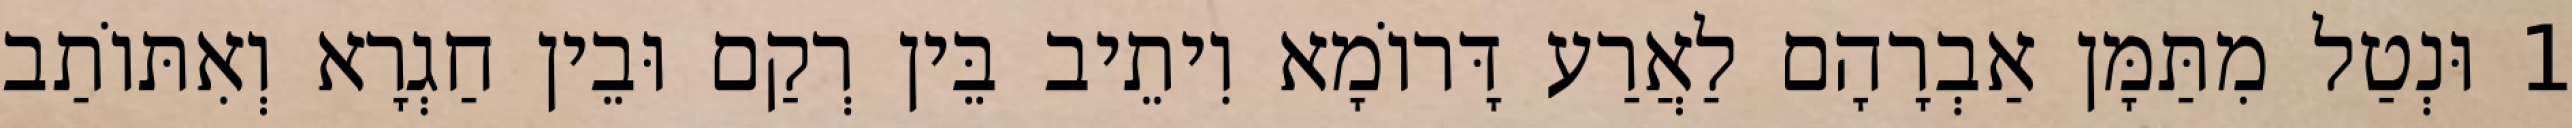
1 וּנְטַל מִתַּמָּן אַבְרָהָם לַאֲרַע דָּרוֹמָא וִיתֵיב בֵּין רְקַם וּבֵין חַגְרָא וְאִתּוֹתַב